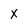
Character: X